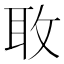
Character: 𫾬